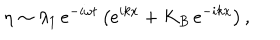
\eta \sim \lambda _ { 1 } \, e ^ { - i \omega t } \left( e ^ { i k x } + K _ { B } \, e ^ { - i k x } \right) ,